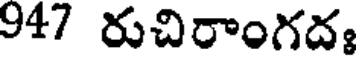
947 రుచిరాంగదః